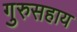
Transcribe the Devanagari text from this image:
गुरुसहाय